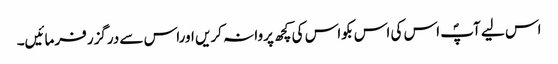
اس لیے آپؐ اس کی اس بکواس کی کچھ پروا نہ کریں اوراس سے درگزر فرمائیں۔